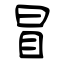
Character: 冒